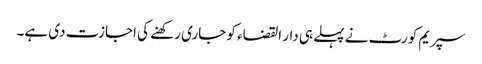
سپریم کورٹ نے پہلے ہی دار القضاء کو جاری رکھنے کی اجازت دی ہے۔